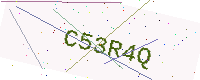
Text: C53R4Q